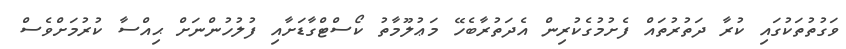
ވަގުތުތަކުގައި ކުރާ ދަތުރުތައް ފެށުމުގެކުރިން އެދަތުރާބެހޭ މަޢުލޫމާތު ކޯސްޓްގާޑަށާއި ފުލުހުންނަށް ޙިއްސާ ކުރުމަށްވެސް